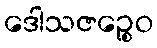
ဒေါသဇဉ္စေဝ